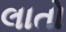
લાતો